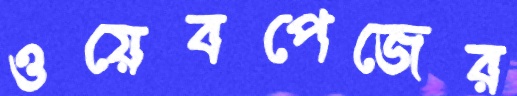
ওয়েবপেজের